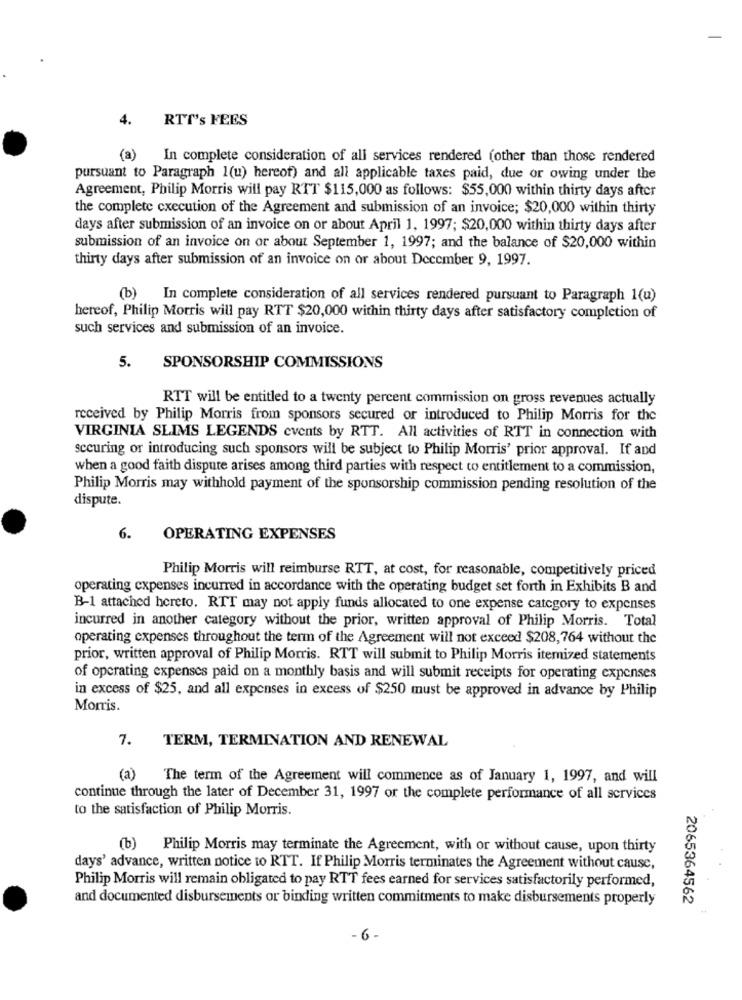
4.
RTT's FEES
(a) In complete consideration of all services rendered (other than those rendered
pursuant to Paragraph 1(u) hereof) and all applicable taxes paid, due or owing under the
Agreement, Philip Morris will pay RTT $115,000 as follows: $55,000 within thirty days after
the complete cxecution of the Agreement and submission of an invoice; $20,000 within thirty
days after submission of an invoice on or about April 1, 1997; $20,000 within thirty days after
submission of an invoice on or about September 1, 1997; and the balance of $20,000 within
thirty days after submission of an invoice on or about December 9, 1997.
(b) In complete consideration of all services rendered pursuant to Paragraph 1(u)
hereof, Philip Morris will pay RTT $20,000 within thirty days after satisfactory completion of
such services and submission of an invoice.
5.
SPONSORSHIP COMMISSIONS
RTT will be entitled to a twenty percent commission on gross revenues actually
received by Philip Morris from sponsors secured or introduced to Philip Morris for the
VIRGINIA SLIMS LEGENDS events by RTT. All activities of RTT in connection with
securing or introducing such sponsors will be subject to Philip Morris' prior approval. If and
when a good faith dispute arises among third parties with respect to entitlement to a commission,
Philip Morris may withhold payment of the sponsorship commission pending resolution of the
dispute.
6.
OPERATING EXPENSES
Philip Morris will reimburse RTT, at cost, for reasonable, competitively priced
operating expenses incurred in accordance with the operating budget set forth in Exhibits B and
B-1 attached hereto. RTT may not apply funds allocated to one expense category to expenses
incurred in another category without the prior, written approval of Philip Morris. Total
operating expenses throughout the term of the Agreement will not exceed $208,764 without the
prior, written approval of Philip Morris. RTT will submit to Philip Morris itemized statements
of operating expenses paid on a monthly basis and will submit receipts for operating expenses
in excess of $25, and all expenses in excess of $250 must be approved in advance by Philip
Morris.
TERM, TERMINATION AND RENEWAL
7.
(a)
The term of the Agreement will commence as of January 1, 1997, and will
continue through the later of December 31, 1997 or the complete performance of all services
to the satisfaction of Philip Morris.
(b) Philip Morris may terminate the Agreement, with or without cause, upon thirty
days' advance, written notice to RTT. If Philip Morris terminates the Agreement without cause,
Philip Morris will remain obligated to pay RTT fees earned for services satisfactorily performed,
and documented disbursements or binding written commitments to make disbursements properly
2065364562
- 6.